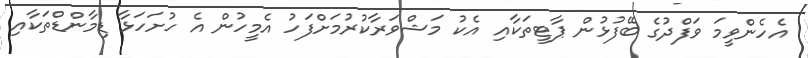
އެހެންވީމަ ވަފްދުގެ ބޭފުޅުން ޕާޓީތަކާއި އެކު މަޝްވަރާކުރުމަށްފަހު އެމީހުން އެ ހުށަހަޅާ ޑިމާންޑްތަކާއި